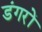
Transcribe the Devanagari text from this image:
डंगरों